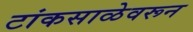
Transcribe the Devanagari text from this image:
टांकसाळेवरून